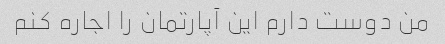
من دوست دارم این آپارتمان را اجاره کنم